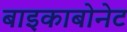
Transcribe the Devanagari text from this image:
बाइकाबोनेट